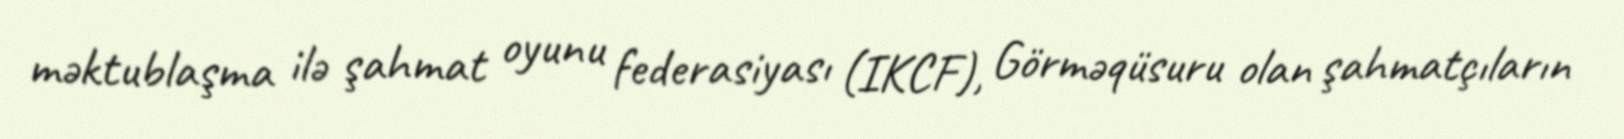
məktublaşma ilə şahmat oyunu federasiyası (IKCF), Görməqüsuru olan şahmatçıların